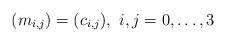
LaTeX: \begin{align*}(m_{i,j})=(c_{i,j}),\ i,j=0,\dots,3\end{align*}